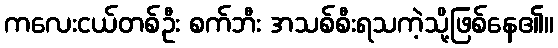
ကလေးငယ်တစ်ဦး စက်ဘီး အသစ်စီးရသကဲ့သို့ဖြစ်နေ၏။